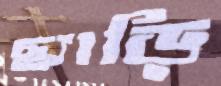
ছ্যাড়ি